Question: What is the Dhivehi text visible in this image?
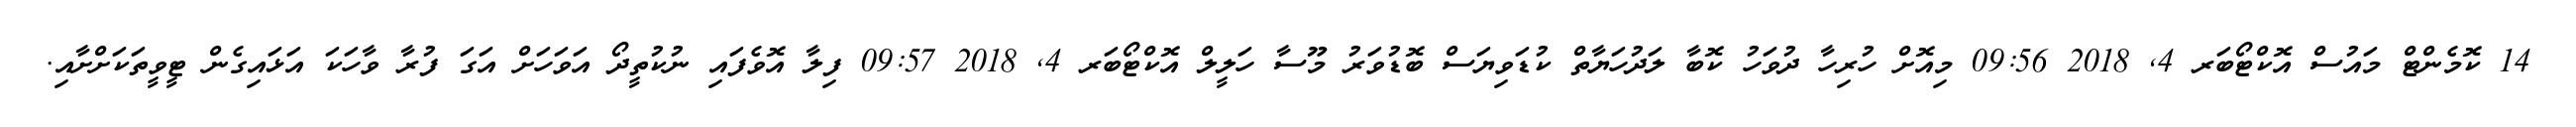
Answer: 14 ކޮމެންޓް މައުސް އޮކްޓޯބަރ 4, 2018 09:56 މިއޮށް ހުރިހާ ދުވަހު ކޮބާ ލަދުހަޔާތް ކުޑަވިޔަސް ބޮޑުވަރު މޫސާ ހަލީލް އޮކްޓޯބަރ 4, 2018 09:57 ފިލާ އޮވެފައި ނުކުތީދޯ އަވަހަށް އަގަ ފުރާ ވާހަކަ އަޅައިގެން ޓީވީތަކަށްށާއި.